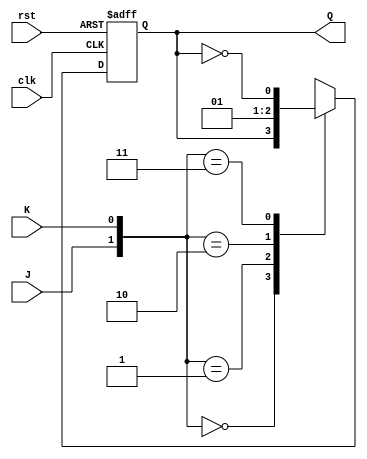
module JKFF(input J,input K, input clk, input rst,output reg Q);
  always @(posedge clk or posedge rst) 
    begin
      if(rst == 1) 
        begin
          Q <= 0;
          end
      else
        begin
          case({J, K})
            2'b00: Q <= Q; 
            2'b01: Q <= 1'b0; 
            2'b10: Q <= 1'b1; 
            2'b11: Q <= ~Q; 
            endcase
          end
      end
endmodule